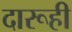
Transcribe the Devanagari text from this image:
दारूही